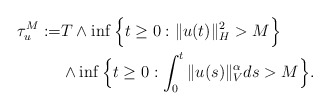
\begin{align*}\tau_{u}^M := & T\wedge \inf\Big\{t\geq 0: \Vert u(t)\Vert_H^2 > M \Big\} \\ & \wedge \inf\Big\{t\geq 0: \int_0^t\Vert u(s)\Vert_{V}^{\alpha}ds > M\Big\} .\end{align*}